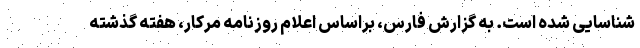
شناسایی شده است. به گزارش فارس، براساس اعلام روزنامه مرکار، هفته گذشته